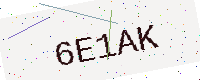
Text: 6E1AK